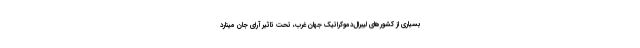
بسیاری از کشورهای لیبرال‌دموکراتیک جهان غرب، تحت تاثیر آرای جان مینارد